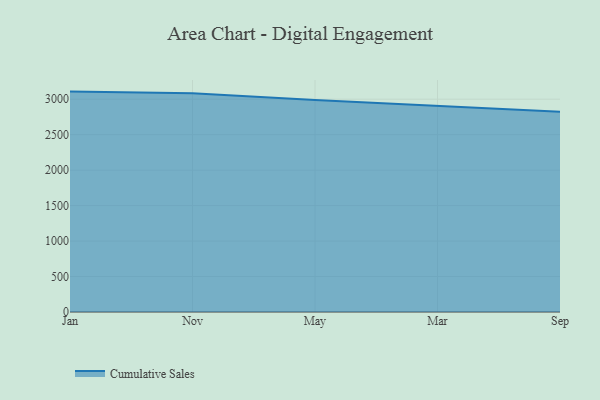
{"axis": {"x": "Month", "y": "LTV (USD)"}, "legend": ["Cumulative Sales"], "data": [{"x": "Jan", "y": 3107.2, "type": "Cumulative Sales"}, {"x": "Nov", "y": 3084.7, "type": "Cumulative Sales"}, {"x": "May", "y": 2987.9, "type": "Cumulative Sales"}, {"x": "Mar", "y": 2900.7, "type": "Cumulative Sales"}, {"x": "Sep", "y": 2823.1, "type": "Cumulative Sales"}]}